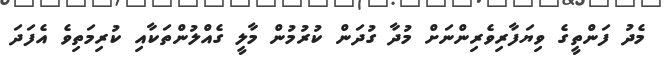
މެދު ފަންތީގެ ވިޔަފާރިވެރިންނަށް މުދާ ގުދަން ކުރުމުން މާލީ ގެއްލުންތަކާއި ކުރިމަތިވެ އެފަދަ